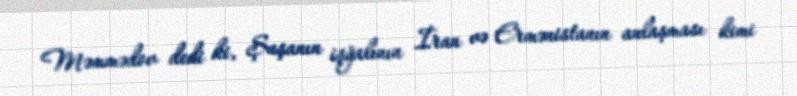
Məmmədov dedi ki, Şuşanın işğalının İran və Ermənistanın anlaşması kimi